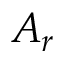
A _ { r }